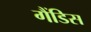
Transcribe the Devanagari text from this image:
गैंडिस